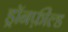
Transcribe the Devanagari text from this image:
ड्रॉनफ़ील्ड